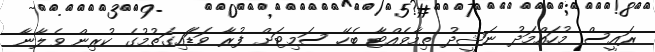
ރައީސް މުހައްމަދު ނަޝީދު ތިމާވެއްޓާ ބެހޭ ސަމިޓަށް ފުރާ ވަޑަައިގަތުމުގެ ކުރިން ވެލާނާ